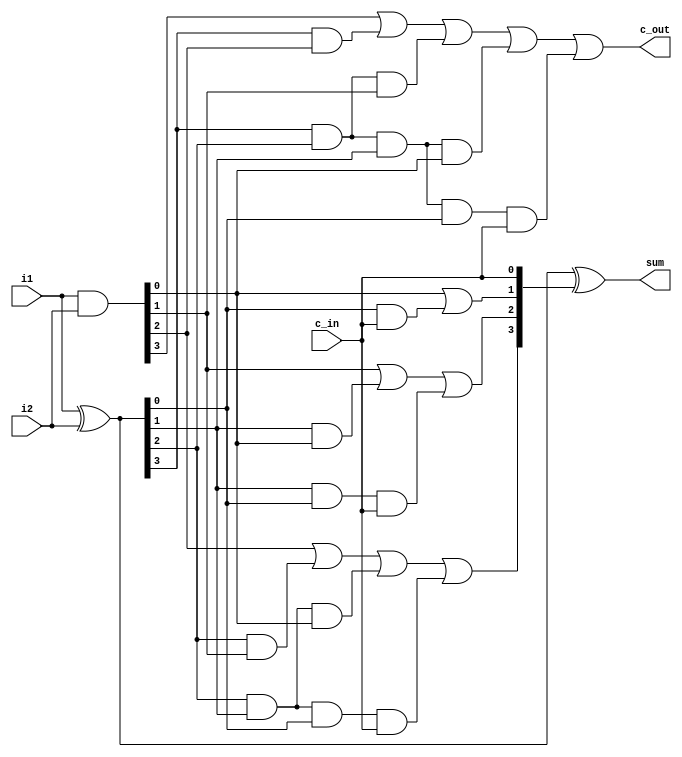
`timescale 1ns / 1ps
module carry_look_ahead_adder(sum,c_out,i1,i2,c_in);
output [3:0] sum;
output c_out;
input [3:0]i1,i2;
input c_in;
wire [3:0] P,G,C;

assign P = i1^i2; 
assign G = i1&i2;

assign C[0]=c_in;
assign C[1]= G[0]|(P[0]&C[0]);
assign C[2]= G[1] | (P[1]&G[0]) | (P[1]&P[0]&C[0]);
assign C[3]= G[2] | (P[2]&G[1]) | (P[2]&P[1]&G[0]) | (P[2]&P[1]&P[0]&C[0]);
assign c_out= G[3] | (P[3]&G[2]) | (P[3]&P[2]&G[1]) | (P[3]&P[2]&P[1]&G[0]) | (P[3]&P[2]&P[1]&P[0]&C[0]);
assign sum=P^C;
endmodule